Annual statistical returns and brief notes on vaccination in Bengal - 1896-1909
Year: 1896
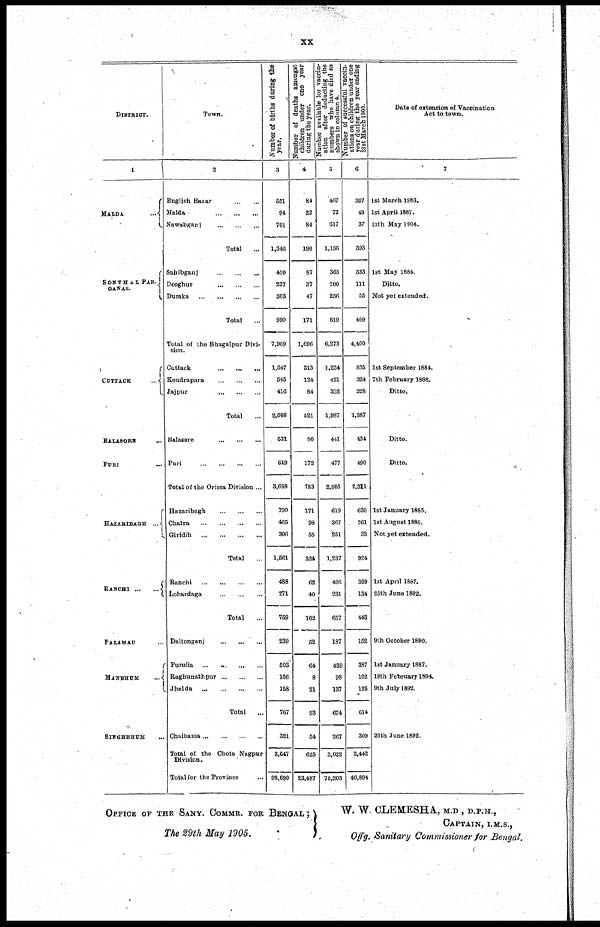
xx
DISTRICT.
1
MALDA
...
SONTHAL PAR¬
GANAS.
CUTTACK
...
BALASORE ...
PURI ...
HAZARIBAGH ...
RANCHI
...
...
PALAMAU ...
MANBHUM ...
SINGHBHUM ...
Town.
2
English Bazar
...
...
Malda
...
...
...
Nawabganj
...
...
...
Total ...
Sahibganj
...
...
...
Deoghur
...
...
...
Dumka
...
...
...
...
Total ...
Total of the Bhagalpur Divi-
sion.
Cuttack
...
...
...
Kendrapara
...
...
...
Jajpur
...
...
...
Total ...
Balasore
...
...
...
Puri
...
...
...
...
Total of the Orissa Division ...
Hazaribagh
...
...
...
Chatra
...
...
...
...
Giridih
...
...
...
...
Total
...
Ranchi
...
...
...
...
Lohardaga
...
...
...
Total ...
Daltonganj
...
...
...
Purulia ... ... ... ... ...
Raghunathpur ... ... ...
Jhalda
...
...
...
...
Total
...
Chaibassa ... ... ... ...
Total of the Chota Nagpur
Division.
Total for the Province ...
Number of births during the
year.
3
551
94
701
1,346
450
237
303
990
7,969
1,547
545
416
2,508
531
649
3,688
790
465
306
1,561
488
271
759
239
503
106
158
767
321
3,647
98,690
Number of deaths amongst
children under one year
during the year.
4
84
22
84
190
87
37
47
171
1,696
313
124
84
521
90
172
783
171
98
55
324
62
40
102
52
64
8
21
93
54
625
23,487
Number available for vaccin-
ation after deducting the
numbers who have died as
shown in column 4.
5
467
72
617
1,156
363
200
256
819
6,273
1,234
421
332
1,987
441
477
2,905
619
367
251
1,237
426
231
657
187
439
98
137
674
267
3,022
75,203
Number of successful vaccin-
ations on children under one
year during the year ending
31st March 1905.
6
307
49
37
393
333
111
55
499
4,400
835
324
228
1,387
434
490
2,311
630
261
33
924
309
134
443
152
387
102
125
614
309
2,442
46,894
Date of extension of Vaccination
Act to town.
7
1st March 1883.
1st April 1887.
12th May 1904.
1st May 1884.
Ditto.
Not yet extended.
1st September 1884.
7th February 1888.
Ditto.
Ditto.
Ditto.
1st January 1885.
1st August 1885.
Not yet extended.
1st April 1887.
25th June 1892.
9th October 1890.
1st January 1887.
19th February 1894.
9th July 1892.
20th June 1892.
OFFICE OF THE SANY. COMMR. FOR BENGAL ;
The 29th May 1905.
W. W. CLENESHA, M.D., D.P.H.,
CAPTAIN, I.M.S.,
Offg. Sanitary Commissioner for Bengal.